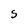
Character: S